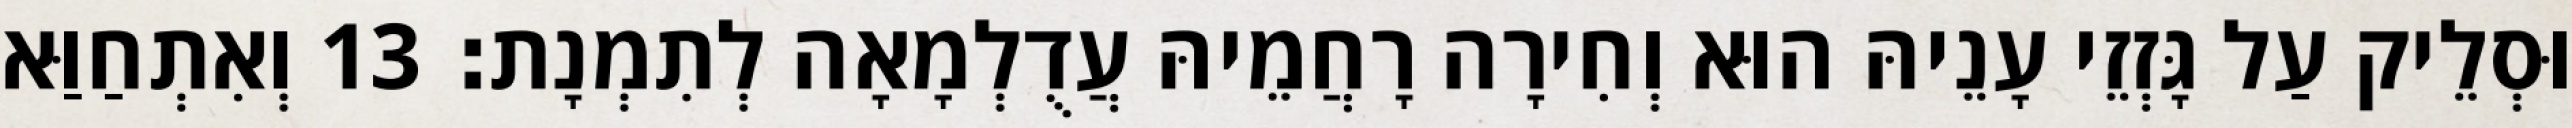
וּסְלֵיק עַל גָּזְזֵי עָנֵיהּ הוּא וְחִירָה רָחֲמֵיהּ עֲדֻלְמָאָה לְתִמְנָת׃ 13 וְאִתְחַוַּא